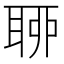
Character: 𦕼